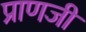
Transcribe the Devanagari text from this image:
प्राणजी